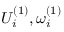
U _ { i } ^ { ( 1 ) } , \omega _ { i } ^ { ( 1 ) }